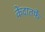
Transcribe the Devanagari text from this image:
केंदातर्फे